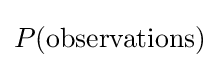
P({\text{observations}})